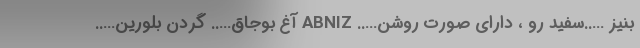
بنیز …..سفید رو ، دارای صورت روشن….. ABNIZ آغ بوجاق….. گردن بلورین…..